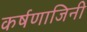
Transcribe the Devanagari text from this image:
कर्षणाजिनी